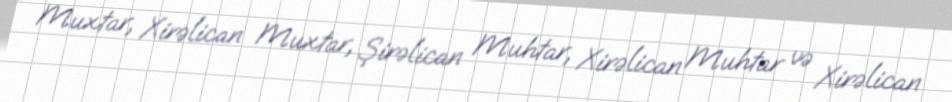
Muxtar, Xirəlican Muxtar, Şirəlican Muhtar, Xirəlican Muhtar və Xirəlican